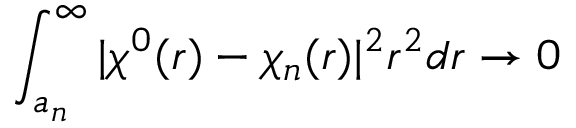
\int _ { a _ { n } } ^ { \infty } | \chi ^ { 0 } ( r ) - \chi _ { n } ( r ) | ^ { 2 } r ^ { 2 } d r \rightarrow 0